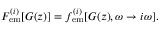
F _ { { \mathrm { e m } } } ^ { ( i ) } [ G ( z ) ] = f _ { { \mathrm { e m } } } ^ { ( i ) } [ G ( z ) , \omega \rightarrow i \omega ] .